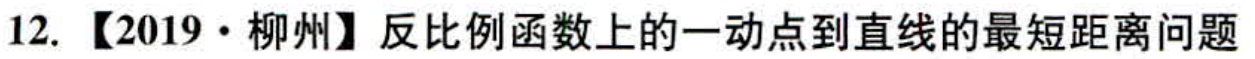
12. 【2019·柳州】反比例函数上的一动点到直线的最短距离问题